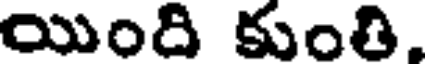
యింది కుంతి.